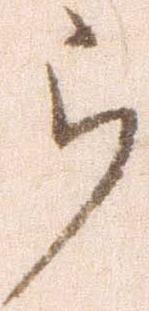
被